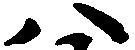
八